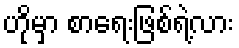
ဟိုမှာ စာရေးဖြစ်ရဲ့လား